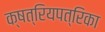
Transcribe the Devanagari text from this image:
क्षत्रियपत्रिका